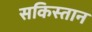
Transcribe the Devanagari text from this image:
सकिस्तान